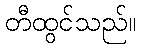
တီထွင်သည်။